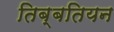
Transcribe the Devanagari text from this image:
तिब्‍बतियन